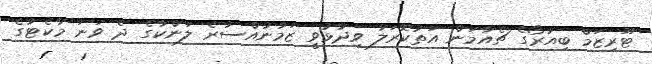
ޓޫރިޒަމް ބިއުރޯގެ ޗެއާމަން އަތުކޮރަލާ ވިދާޅުވީ ޒަމާނުއްސުރެ ލަންކާގެ ދެ ވަނަ މާކެޓުގެ